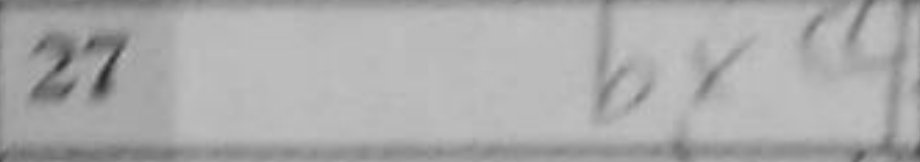
Transcription: bxc4